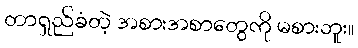
တာရှည်ခံတဲ့ အစားအစာတွေကို မစားဘူး။